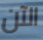
الآن